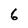
Character: 6